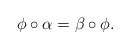
\begin{align*}\phi\circ\alpha=\beta\circ\phi.\qquad\qquad\qquad\qquad\end{align*}